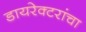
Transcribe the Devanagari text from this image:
डायरेक्टरांचा